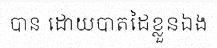
បាន ដោយបាតដៃខ្លួនឯង